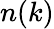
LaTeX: n(k)